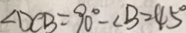
\angle D C B = 9 0 ^ { \circ } - \angle B = 4 5 ^ { \circ }